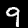
Label: 9